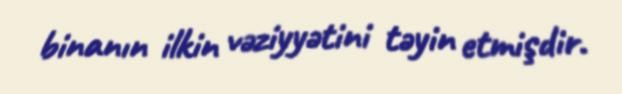
binanın ilkin vəziyyətini təyin etmişdir.